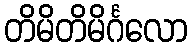
တိမိတိမိင်္ဂလော